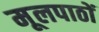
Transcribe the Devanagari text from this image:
मूलपाठों